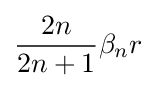
{\frac {2n}{2n+1}}\beta _{n}r